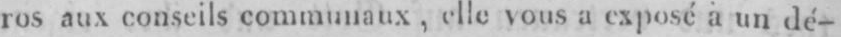
ros aux conseils communaux, elle vous a exposé à un dé-